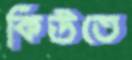
কিউতে